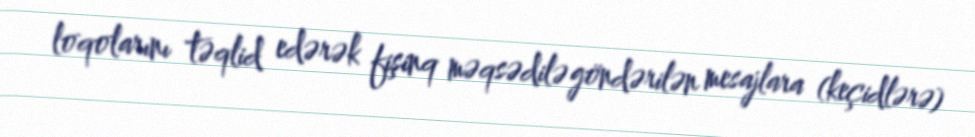
loqolarını təqlid edərək fişinq məqsədilə göndərilən mesajlara (keçidlərə)